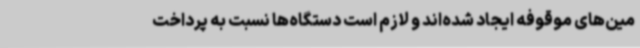
مین‌های موقوفه ایجاد شده‌اند و لازم است دستگاه‌ها نسبت به پرداخت